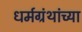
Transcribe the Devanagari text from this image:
धर्मग्रंथांच्या